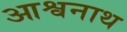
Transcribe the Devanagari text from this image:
आश्वनाथ